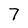
Character: 7